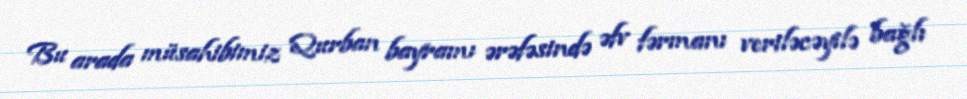
Bu arada müsahibimiz Qurban bayramı ərəfəsində əfv fərmanı veriləcəyilə bağlı